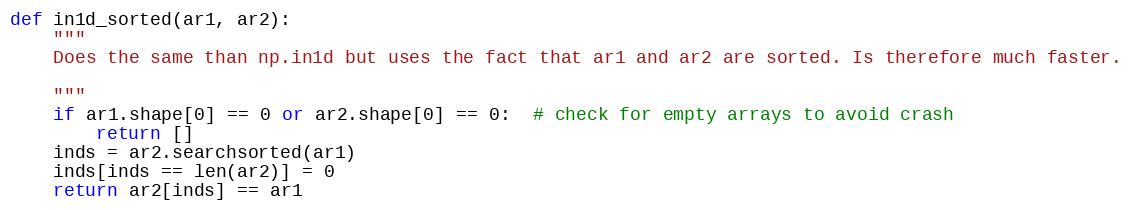
Language: Python
def in1d_sorted(ar1, ar2):
    """
    Does the same than np.in1d but uses the fact that ar1 and ar2 are sorted. Is therefore much faster.

    """
    if ar1.shape[0] == 0 or ar2.shape[0] == 0:  # check for empty arrays to avoid crash
        return []
    inds = ar2.searchsorted(ar1)
    inds[inds == len(ar2)] = 0
    return ar2[inds] == ar1